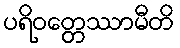
ပရိဝတ္တေဿာမီတိ